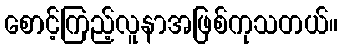
စောင့်ကြည့်လူနာအဖြစ်ကုသတယ်။